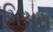
મિસરા